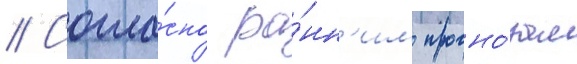
// Согла́сно ра́нн'им прогно́зам